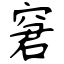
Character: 窘